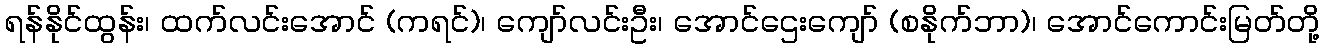
ရန်နိုင်ထွန်း၊ ထက်လင်းအောင် (ကရင်)၊ ကျော်လင်းဦး၊ အောင်ဌေးကျော် (စနိုက်ဘာ)၊ အောင်ကောင်းမြတ်တို့